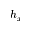
h _ { x }